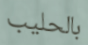
بالحليب